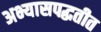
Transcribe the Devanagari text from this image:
अभ्यासपद्धतीत